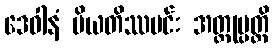
ဒေဝါနံ ပိယတိဿမင်း အတ္ထုပ္ပတ္တိ